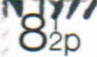
82p